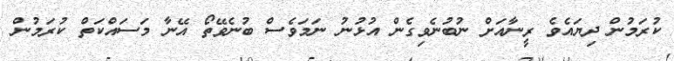
ކުރަމުން ދިޔައެވެ ރީނާއަށް ނުބުނެވިގެން އުޅުނު ނަމަވެސް ބުނެވޭތޯ އޭނާ މަސައްކަތް ކުރަމުން